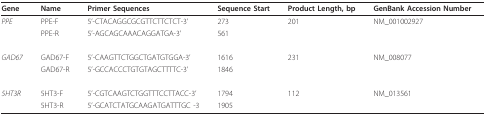
| Gene | Name | Primer Sequences | Sequence Start | Product Length, bp | GenBank Accession Number |
 | --- | --- | --- | --- | --- | --- |
 | PPE | PPE-F | 5'-CTACAGGCGCGTTCTTCTCT-3' | 273 | 201 | NM_001002927 |
 |  | PPE-R | 5'-AGCAGCAAACAGGATGA-3' | 561 |  |  |
 | GAD67 | GAD67-F | 5'-CAAGTTCTGGCTGATGTGGA-3' | 1616 | 231 | NM_008077 |
 |  | GAD67-R | 5'-GCCACCCTGTGTAGCTTTTC-3' | 1846 |  |  |
 | 5HT3R | 5HT3-F | 5'-CGTCAAGTCTGGTTTCCTTACC-3' | 1794 | 112 | NM_013561 |
 |  | 5HT3-R | 5'-GCATCTATGCAAGATGATTTGC -3 | 1905 |  |  |